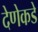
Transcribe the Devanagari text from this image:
देणेकडे